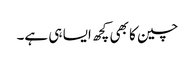
چین کا بھی کچھ ایسا ہی ہے۔